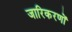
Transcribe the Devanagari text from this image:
जारिकरणों